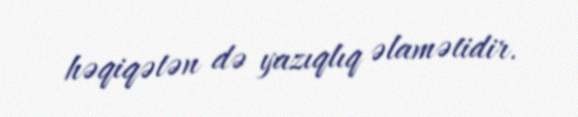
həqiqətən də yazıqlıq əlamətidir.